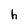
Character: h